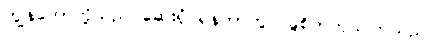
ကျွန်တော်တို့သည် ဆေးရုံဝရန်တာတွင် ခွဲစိတ်ကုသကြသည်။